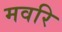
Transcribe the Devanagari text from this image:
मवरि